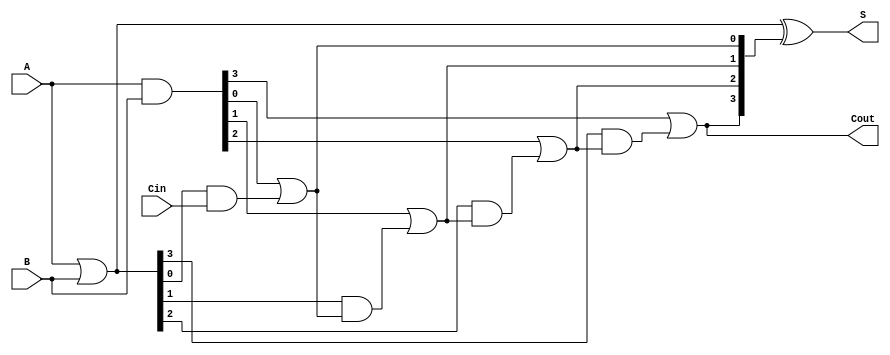
module RippleCarryLookaheadAdder #(
    parameter N = 4  // Width of the adder (number of bits)
)(
    input  [N-1:0] A,   // First n-bit input
    input  [N-1:0] B,   // Second n-bit input
    input         Cin,   // Carry-in
    output [N-1:0] S,    // n-bit sum output
    output        Cout    // Carry-out
);

    // Generate and Propagate signals
    wire [N-1:0] G; // Generate signals
    wire [N-1:0] P; // Propagate signals
    wire [N:0] C;   // Carry signals

    // Generate and Propagate logic
    assign G = A & B;          // Gi = Ai AND Bi
    assign P = A | B;          // Pi = Ai OR Bi

    // Carry logic
    assign C[0] = Cin;         // C0 = Cin

    genvar i;
    generate
        for (i = 0; i < N; i = i + 1) begin : carry_logic
            assign C[i + 1] = G[i] | (P[i] & C[i]); // Ci+1 = Gi OR (Pi AND Ci)
        end
    endgenerate

    // Sum calculation
    assign S = P ^ C[N:1]; // Si = Pi XOR Ci

    // Carry-out
    assign Cout = C[N]; // Cout = CN

endmodule